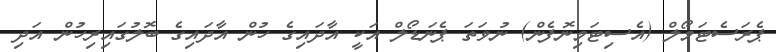
ޕެރަސެޓަމޯލް (އެސިޓަމިނޮފެން) ނުވަތަ ޕެނަޑޯލް އަކީ އާދައިގެ ހުން އާދައިގެ ބޮލުގައިރިހުން އަދި